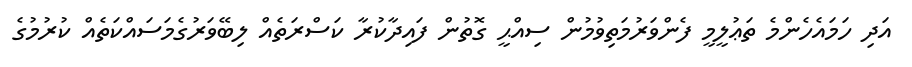
އަދި ހަމައެހެންމެ ތަޢުލީމީ ފެންވަރުމަތިވުމުން ސިއްޙީ ގޮތުން ފައިދާކުރާ ކަސްރަތެއް ލިބޭވަރުގެމަސައްކަތެއް ކުރުމުގެ